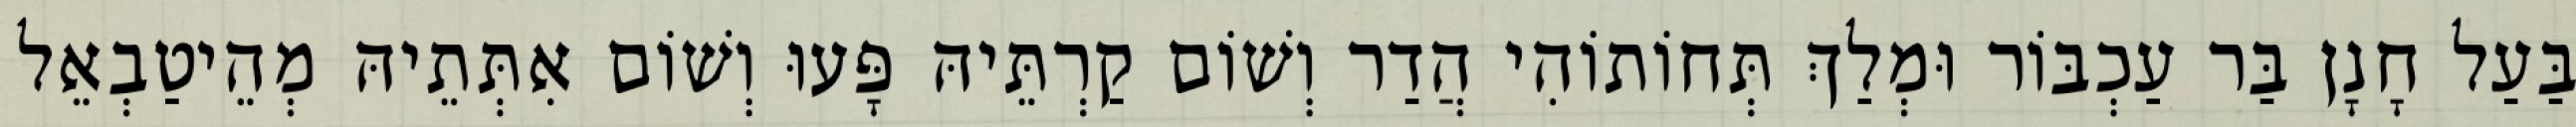
בַּעַל חָנָן בַּר עַכְבּוֹר וּמְלַךְ תְּחוֹתוֹהִי הֲדַר וְשׁוֹם קַרְתֵּיהּ פָּעוּ וְשׁוֹם אִתְּתֵיהּ מְהֵיטַבְאֵל